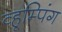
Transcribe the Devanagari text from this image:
व्हूम्पिंग